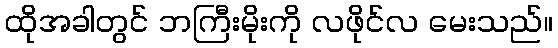
ထိုအခါတွင် ဘကြီးမိုးကို လဖိုင်လ မေးသည်။